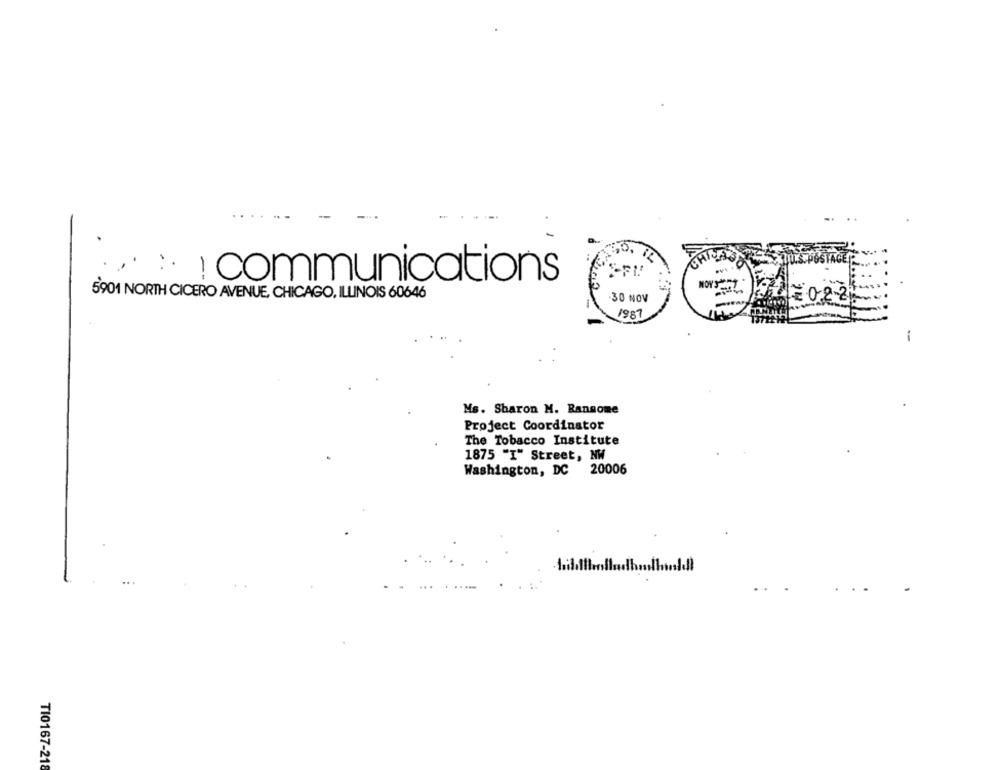
...
:-
communications
5901 NORTH CICERO AVENUE, CHICAGO, ILLINOIS 60646
NOV 1 1 0-28
1987
-
Ms. Sharon M. Ransome
Project Coordinator
The Tobacco Institute
1875 "I" Street, NW
Washington, DC 20006
TI0167-218